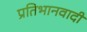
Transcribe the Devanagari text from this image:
प्रतिभानवादी